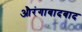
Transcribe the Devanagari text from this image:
औरंगाबादबाद